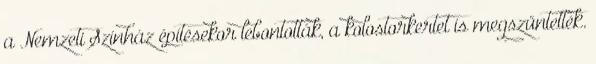
a Nemzeti Színház építésekor lebontották, a kolostorkertet is megszüntették.